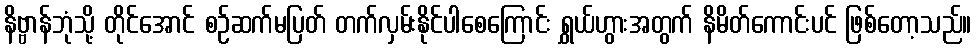
နိဗ္ဗာန်ဘုံသို့ တိုင်အောင် စဉ်ဆက်မပြတ် တက်လှမ်းနိုင်ပါစေကြောင်း ရွှယ်ဟွားအတွက် နိမိတ်ကောင်းပင် ဖြစ်တော့သည်။